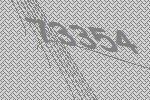
73354